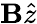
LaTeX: \mathbf{B}\hat{{z}}